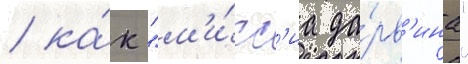
/ ка́к "м'и́сс'иа да́рв'ина"